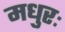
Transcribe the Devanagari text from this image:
मधुरः